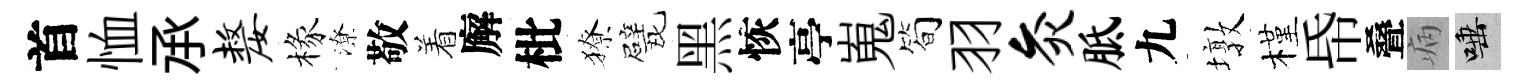
首恤𠄘嫠椽潦敬着廨枇獠戏黑恢亭嵬筍羽灸胝九墩槿帋叠病唾